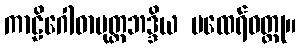
ကာဠိဂေါဓာပုတ္တဘဒ္ဒိယ မထေရ်ဝတ္ထု။